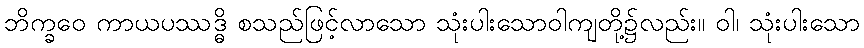
ဘိက္ခဝေ ကာယပဿဒ္ဓိ စသည်ဖြင့်လာသော သုံးပါးသောဝါကျတို့၌လည်း။ ဝါ၊ သုံးပါးသော